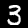
Digit: 3